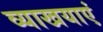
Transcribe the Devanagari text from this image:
व्याखयाएं